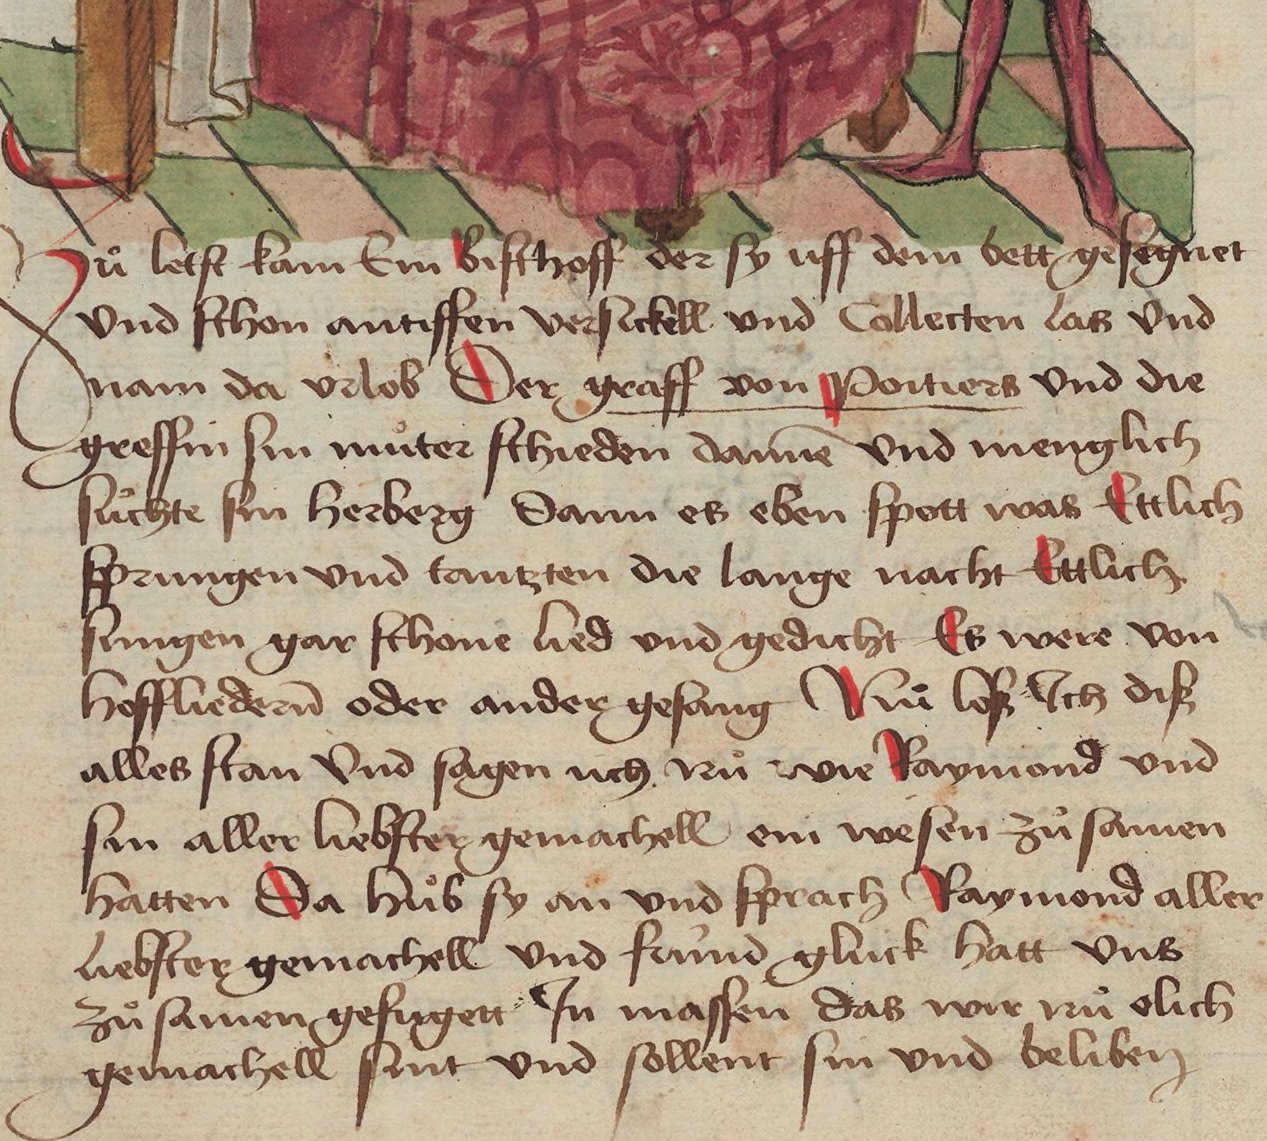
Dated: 1471–1471